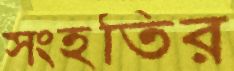
সংহতির